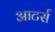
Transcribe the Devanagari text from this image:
आटर्स